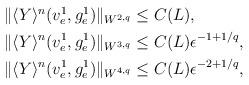
LaTeX: \begin{align*}\begin{aligned}&\Vert \langle Y \rangle^n(v^1_e,g^1_e)\Vert_{W^{2,q}}\leq C(L),\\&\Vert \langle Y\rangle^n(v^1_e,g^1_e)\Vert_{W^{3,q}}\leq C(L)\epsilon^{-1+1/q},\\&\Vert \langle Y\rangle^n(v^1_e,g^1_e)\Vert_{W^{4,q}}\leq C(L)\epsilon^{-2+1/q},\end{aligned}\end{align*}